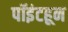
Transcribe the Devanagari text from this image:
पॉइंटहून